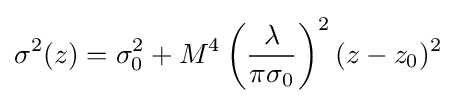
\sigma ^{2}(z)=\sigma _{0}^{2}+M^{4}\left({\frac {\lambda }{\pi \sigma _{0}}}\right)^{2}(z-z_{0})^{2}